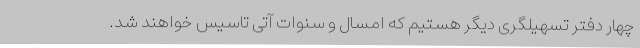
چهار دفتر تسهیلگری دیگر هستیم که امسال و سنوات آتی تاسیس خواهند شد.